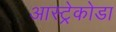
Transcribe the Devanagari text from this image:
आस्ट्रेकोडा